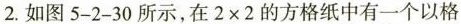
2.如图5-2-30所示，在$$2\times2$$ 的方格纸中有一个以格